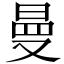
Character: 曼